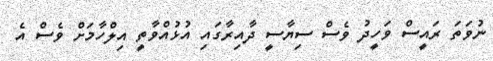
ނުވަތަ ރައީސް ވަހީދު ވެސް ސިޔާސީ ދާއިރާގައި އުޅުއްވާތީ އިލްހާމަށް ވެސް އެ